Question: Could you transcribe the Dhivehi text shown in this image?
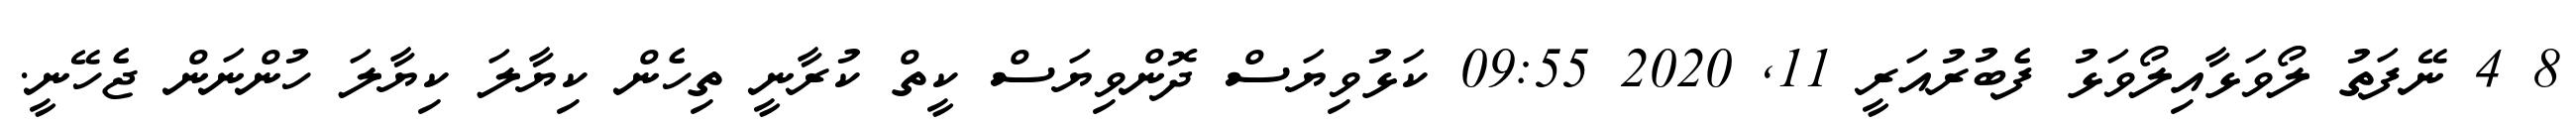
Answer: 8 4 ނޭފަތު ލޯވަޅާއިލޯވަޅު ފެބުރުއަރީ 11, 2020 09:55 ކަޅުވިޔަސް ދޮންވިޔަސް ކީތް ކުރާނީ ތިހެން ކިޔާލަ ކިޔާލަ ހުންނަން ޖެހޭނީ.